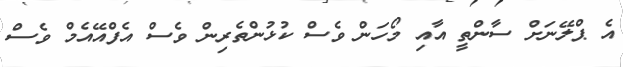
އެ ޕްލޭނަށް ސާންތީ އާއި މޯހަން ވެސް ކުޅުންތެރިން ވެސް އެފްއޭއެމް ވެސް